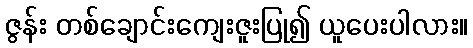
ဇွန်း တစ်ချောင်းကျေးဇူးပြု၍ ယူပေးပါလား။